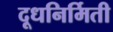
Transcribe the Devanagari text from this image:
दूधनिर्मिती